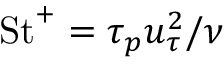
\mathrm { S t } ^ { + } = \tau _ { p } u _ { \tau } ^ { 2 } / \nu